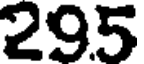
295